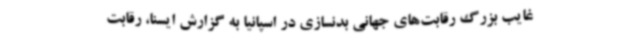
غایب بزرگ رقابت‌های جهانی بدنسازی در اسپانیا به گزارش ایسنا، رقابت